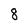
Character: 8